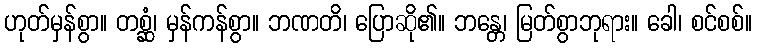
ဟုတ်မှန်စွာ။ တစ္ဆံ၊ မှန်ကန်စွာ။ ဘဏတိ၊ ပြောဆို၏။ ဘန္တေ၊ မြတ်စွာဘုရား။ ခေါ၊ စင်စစ်။